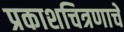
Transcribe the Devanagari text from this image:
प्रकाशचित्रणाचे